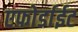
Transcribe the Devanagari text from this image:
एफोर्डाईट